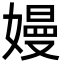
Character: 嫚